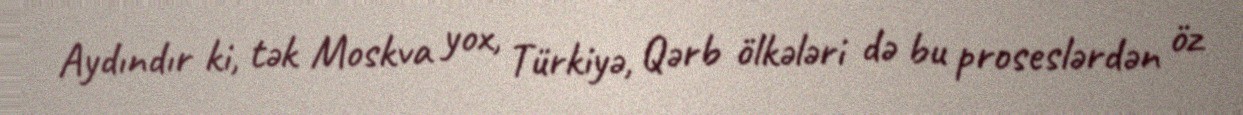
Aydındır ki, tək Moskva yox, Türkiyə, Qərb ölkələri də bu proseslərdən öz